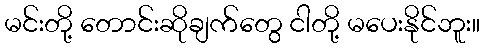
မင်းတို့ တောင်းဆိုချက်တွေ ငါတို့ မပေးနိုင်ဘူး။